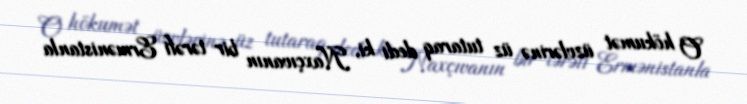
O hökumət üzvlərinə üz tutaraq dedi ki, Naxçıvanın bir tərəfi Ermənistanla